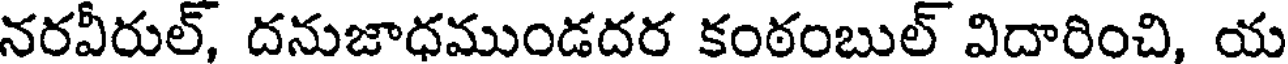
నరవీరుల్, దనుజాధముండదర కంఠంబుల్ విదారించి, య